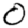
Digit: 0